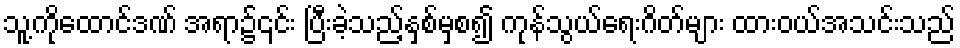
သူ့ကိုထောင်ဒဏ် အရာ၌၎င်း ပြီးခဲ့သည့်နှစ်မှစ၍ ကုန်သွယ်ရေးဂိတ်များ ထားဝယ်အသင်းသည်